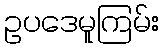
ဥပဒေမူကြမ်း